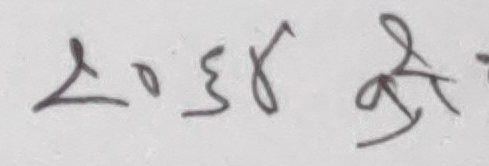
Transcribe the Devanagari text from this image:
२०६४ श्री